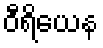
ဝီရိယေန